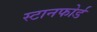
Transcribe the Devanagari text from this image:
स्टानफोर्ड